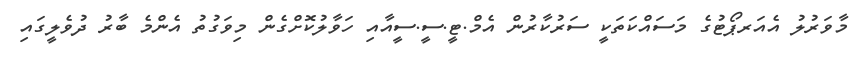
މާވަރުލު އެއަރޕޯޓުގެ މަސައްކަތަކީ ސަރުކާރުން އެމް.ޓީ.ސީ.ސީއާއި ހަވާލުކޮށްގެން މިވަގުތު އެންމެ ބާރު ދުވެލީގައި